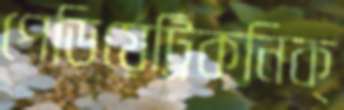
পেডিয়েট্রিকনিক্